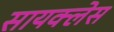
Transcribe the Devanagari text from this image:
सायक्लेस